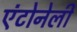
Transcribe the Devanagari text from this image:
एंटोनेली